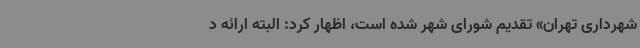
شهرداری تهران» تقدیم شورای شهر شده است، اظهار کرد: البته ارائه‌ د